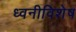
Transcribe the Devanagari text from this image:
ध्वनीविशेष